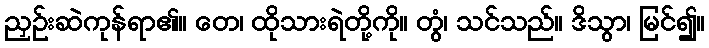
ညှဉ်းဆဲကုန်ရာ၏။ တေ၊ ထိုသားရဲတို့ကို။ တွံ၊ သင်သည်။ ဒိသွာ၊ မြင်၍။